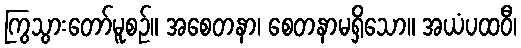
ကြွသွားတော်မူစဉ်။ အစေတနာ၊ စေတနာမရှိသော။ အယံပထဝီ၊